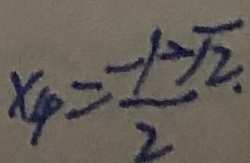
x _ { 4 } = \frac { - 1 - \sqrt { 2 } } { 2 }